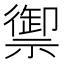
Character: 禦